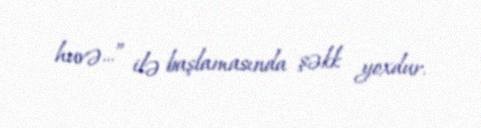
huvə...” ilə başlamasında şəkk yoxdur.